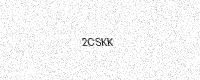
Text: 2CSKK